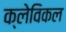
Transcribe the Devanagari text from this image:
क्लेविकल